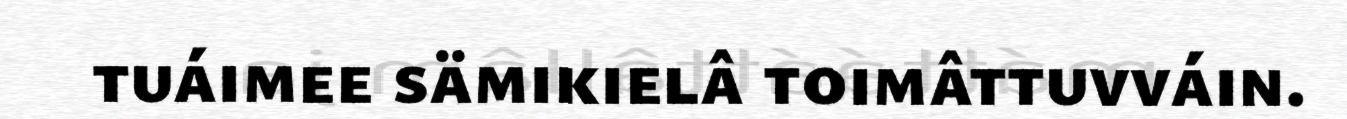
tuáimee sämikielâ toimâttuvváin.